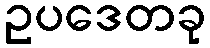
ဥပဒေတခု